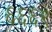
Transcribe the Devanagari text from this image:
६६६९